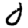
Digit: 0